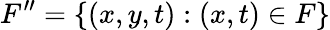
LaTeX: F^{\prime\prime}=\{ (x,y,t):(x,t)\in F\}